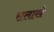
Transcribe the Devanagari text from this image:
सलाखे